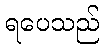
ရပေသည်